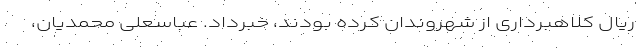
ریال کلاهبرداری از شهروندان کرده بودند، خبرداد. عباسعلی محمدیان،